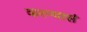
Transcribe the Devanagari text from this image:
करन्यासं